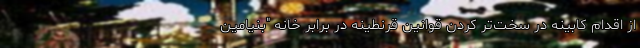
از اقدام کابینه در سخت‌تر کردن قوانین قرنطینه در برابر خانه "بنیامین